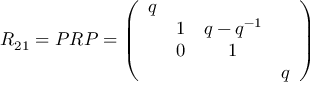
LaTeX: R _ { 2 1 } = P R P = \left( \begin{array} { c c c c } { { q } } & { { } } & { { } } & { { } } \\ { { } } & { { 1 } } & { { q - q ^ { - 1 } } } & { { } } \\ { { } } & { { 0 } } & { { 1 } } & { { } } \\ { { } } & { { } } & { { } } & { { q } } \end{array} \right)